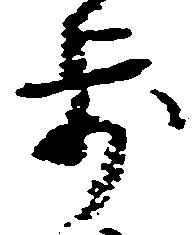
歩